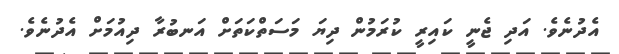
އެދުނެވެ. އަދި ޖެނީ ކައިރީ ކުރަމުން ދިޔަ މަސަތްކަތަށް އަނބުރާ ދިއުމަށް އެދުނެވެ.